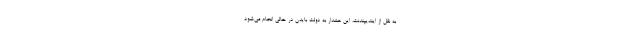
به نقل از ایندیپندنت، این هشدار به دولت بایدن در حالی انجام می‌شود